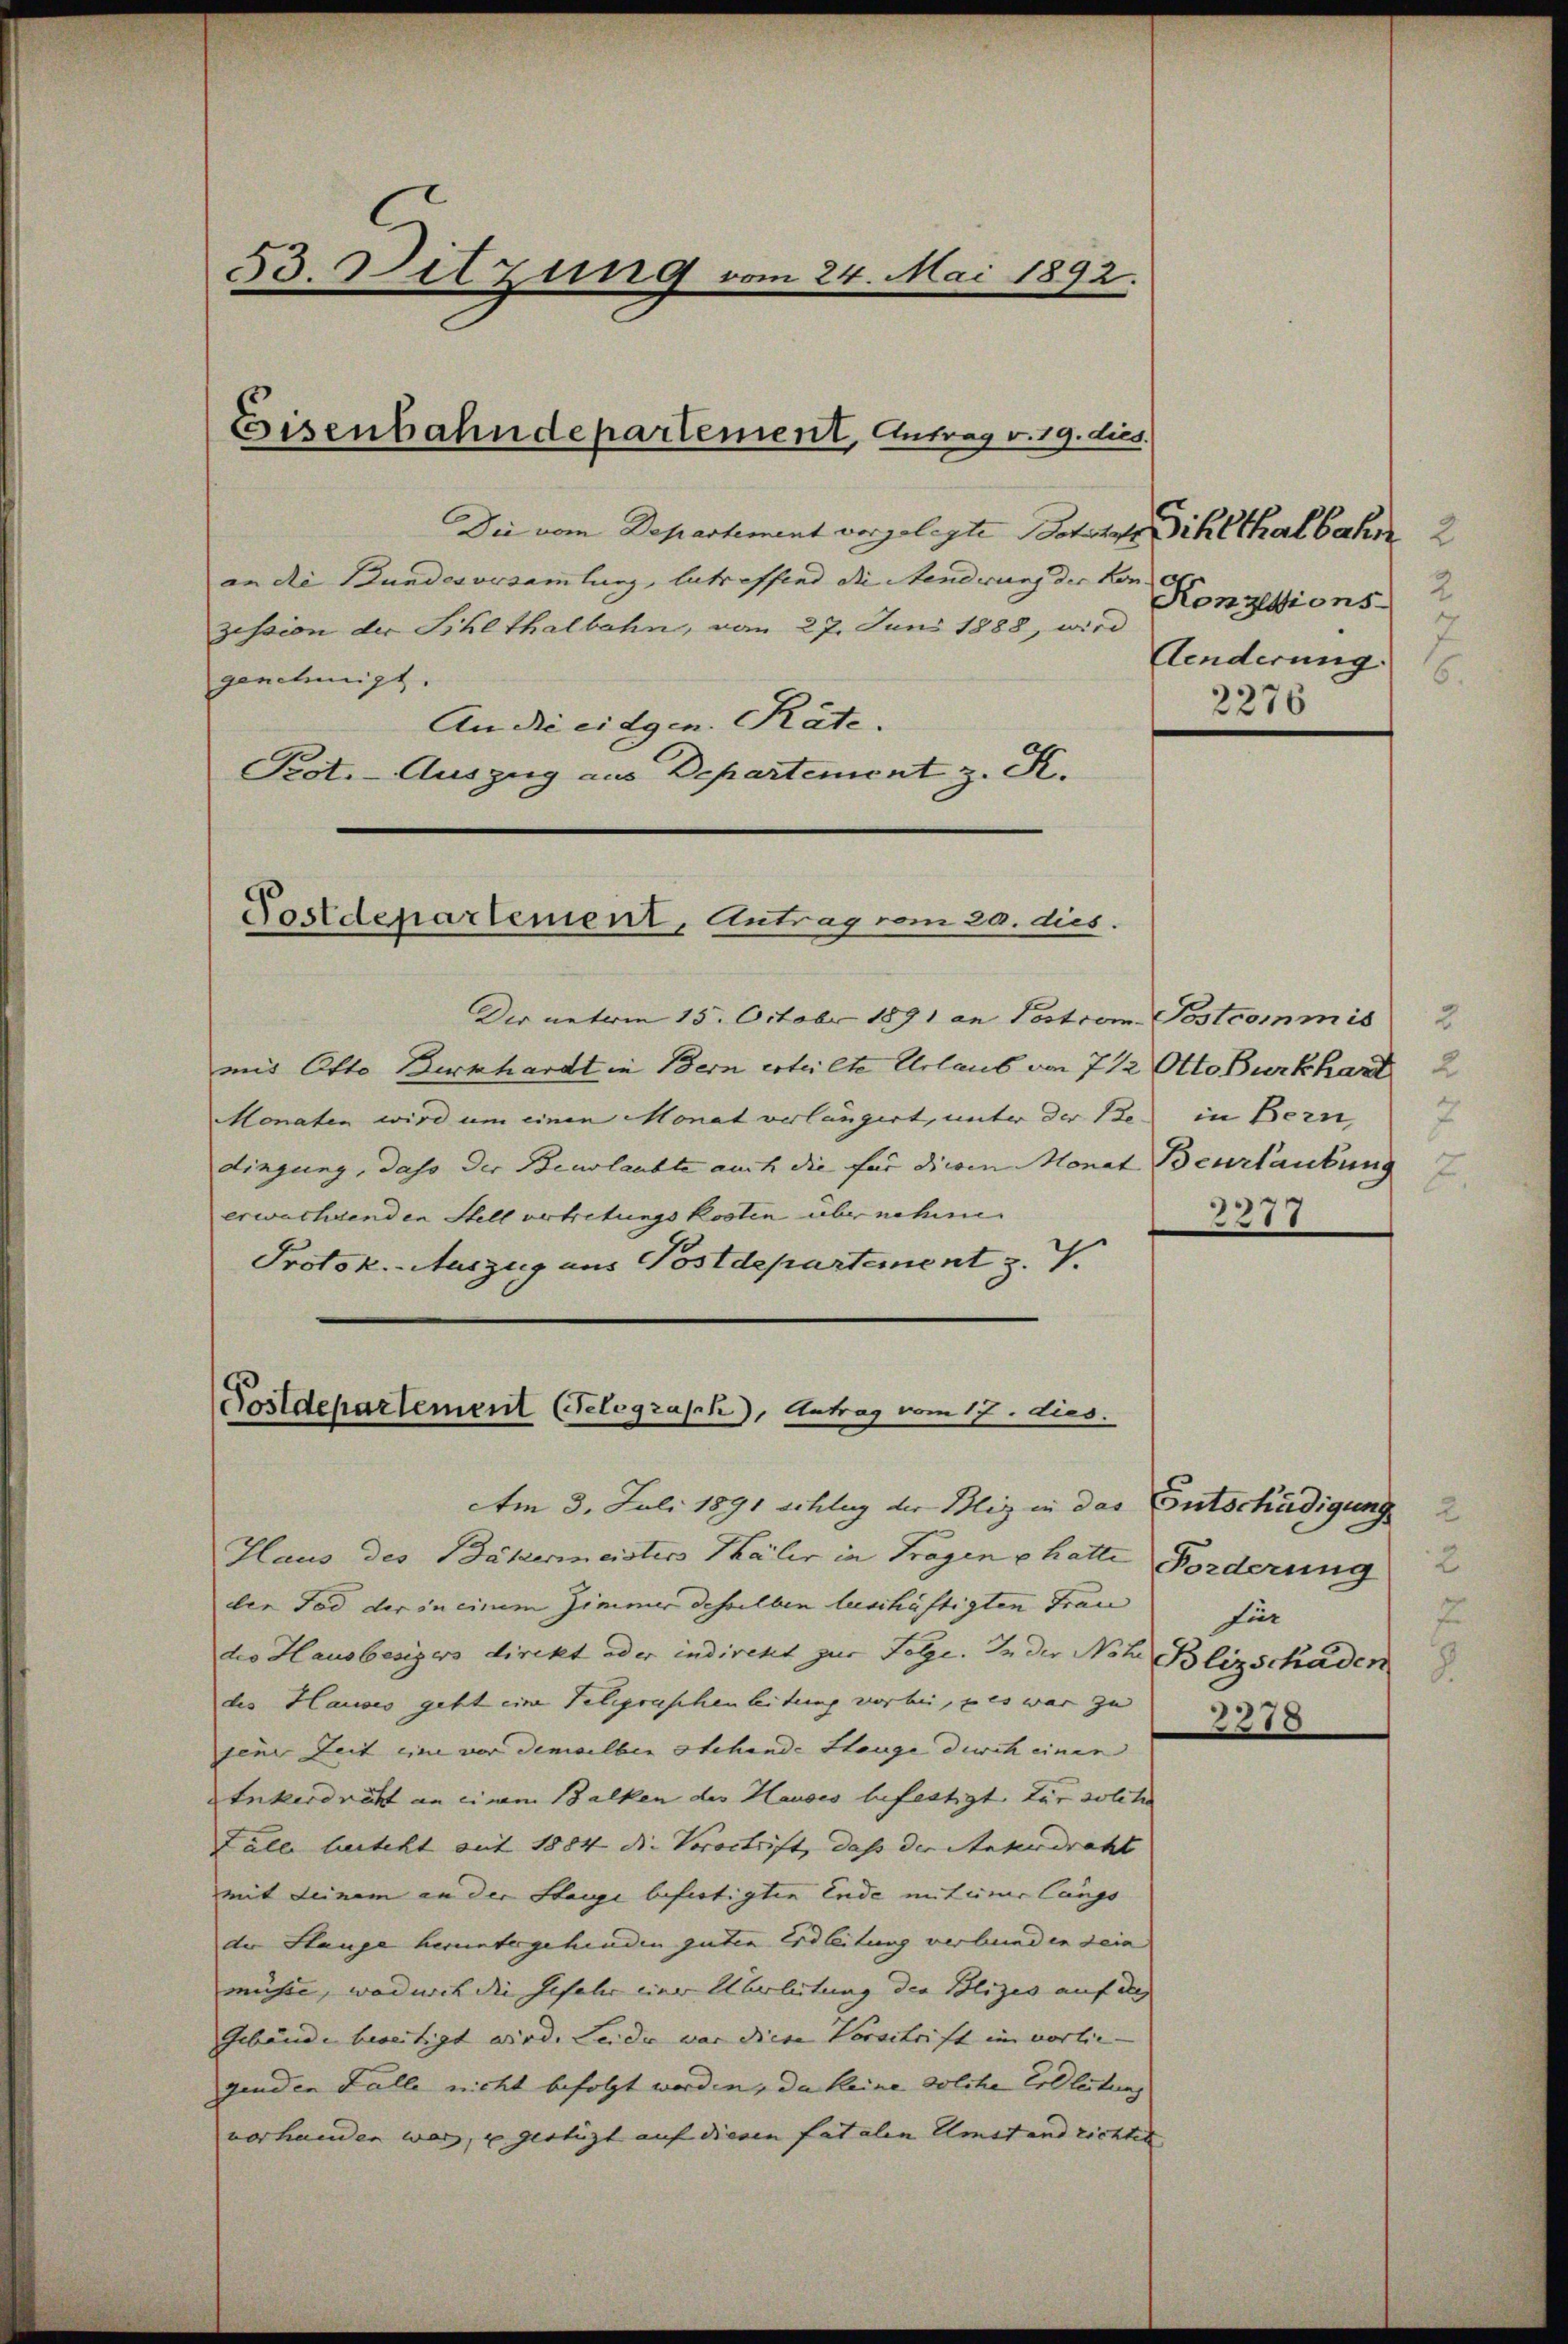
Die vom Departement vorgelegte Betrie Sihlthalbahn 2
an die Bundesversamlung, betreffend die Aenderung der Kon-
zession der Sihl thalbahn, vom 27. Juni 1888, wird
genehmigt.
An die eidgen. Räte.
Prot.-Auszug aus Departement z. K.

53. Sitzung vom 24. Mai 1892.

Eisenbahndepartement, Antrag v. 19. dies

Dir unterm 15. Octobr 1891 an Postcom
mit Otto Burkhardt in Bern erteilte Urlaub von 7 1/2 Otto Burkhard
Monaten wird um einen Monat verlängert, unter der Be in Bern
dingung, dass der Beurlaubte auch die für diesen Monat Beurlaubung
erwachsenden Stellvertretungskosten übernehmen.
Protok. Auszug aus Postdepartement z. T.

Postdepartement, Antrag vom 20. dies.

Postdepartement (Felograsch, Antrag vom 17. dies.

2
Konzessions-
7
Aenderung.
2276

Am 3. Juli 1891 schlug der Bliz in das
Haus des Bäkermeisters Thäler in Fragen u. hatte
der Tod der in einem Zimmer desselben beschäftigten Frau für
des Hausbesigers direkt oder indirekt zur Folge. In der Noh Blizschaden
des Hauses geht eine Telegraphenleitung vorbei, u es war zu
jene Zeit eine vor demselben stehende Stange durch einen
Enkerdritt an einem Balken der Hauses befestigt für solche
Lalle besteht mit 1884 die Vorortrift, daß der Ankerdraht
mit deinem an der Stange befertigten Ende mit einer längs
der Stange heruntergehenden guten Erdleitung verbunden sein
müsse, wodurch die Gefahr einer Überleitung der Polizes auf des
Gebäude bereitigt wird. Leide war diese Vorschrift im vorlie-
genden Falle nicht befolgt werden, da keine solche Erbleitung
vorhanden war, u gestüzt auf diesen fatalen Umst und richtes

Sostcommis 2

2277

Entschädigung
Forderung

2378